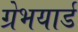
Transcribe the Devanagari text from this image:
ग्रेभयार्ड